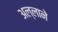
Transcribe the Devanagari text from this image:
अल्लाने